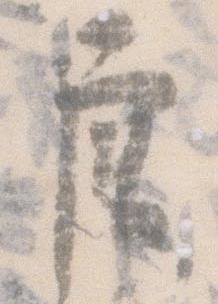
唐